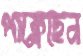
পাক্‌লেছেন